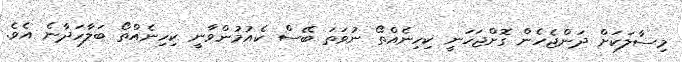
މިސާލަކަށް ދަންޖެހެން ގޮށްޖަހަނީ ކިހިނެއްތޯ ނުވަތަ ބޭސް ކެއުމުންވާނީ ކިހިނެއްތޯ ބަލާހަދާނެ އެވެ.